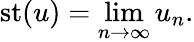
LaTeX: {\mathrm{st}}(u)=\operatorname*{lim}_{n\to\infty}u_{n}.